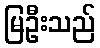
မြဦးသည်